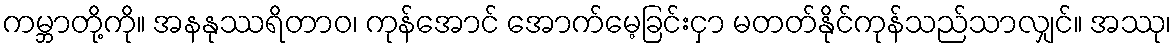
ကမ္ဘာတို့ကို။ အနနုဿရိတာဝ၊ ကုန်အောင် အောက်မေ့ခြင်းငှာ မတတ်နိုင်ကုန်သည်သာလျှင်။ အဿု၊